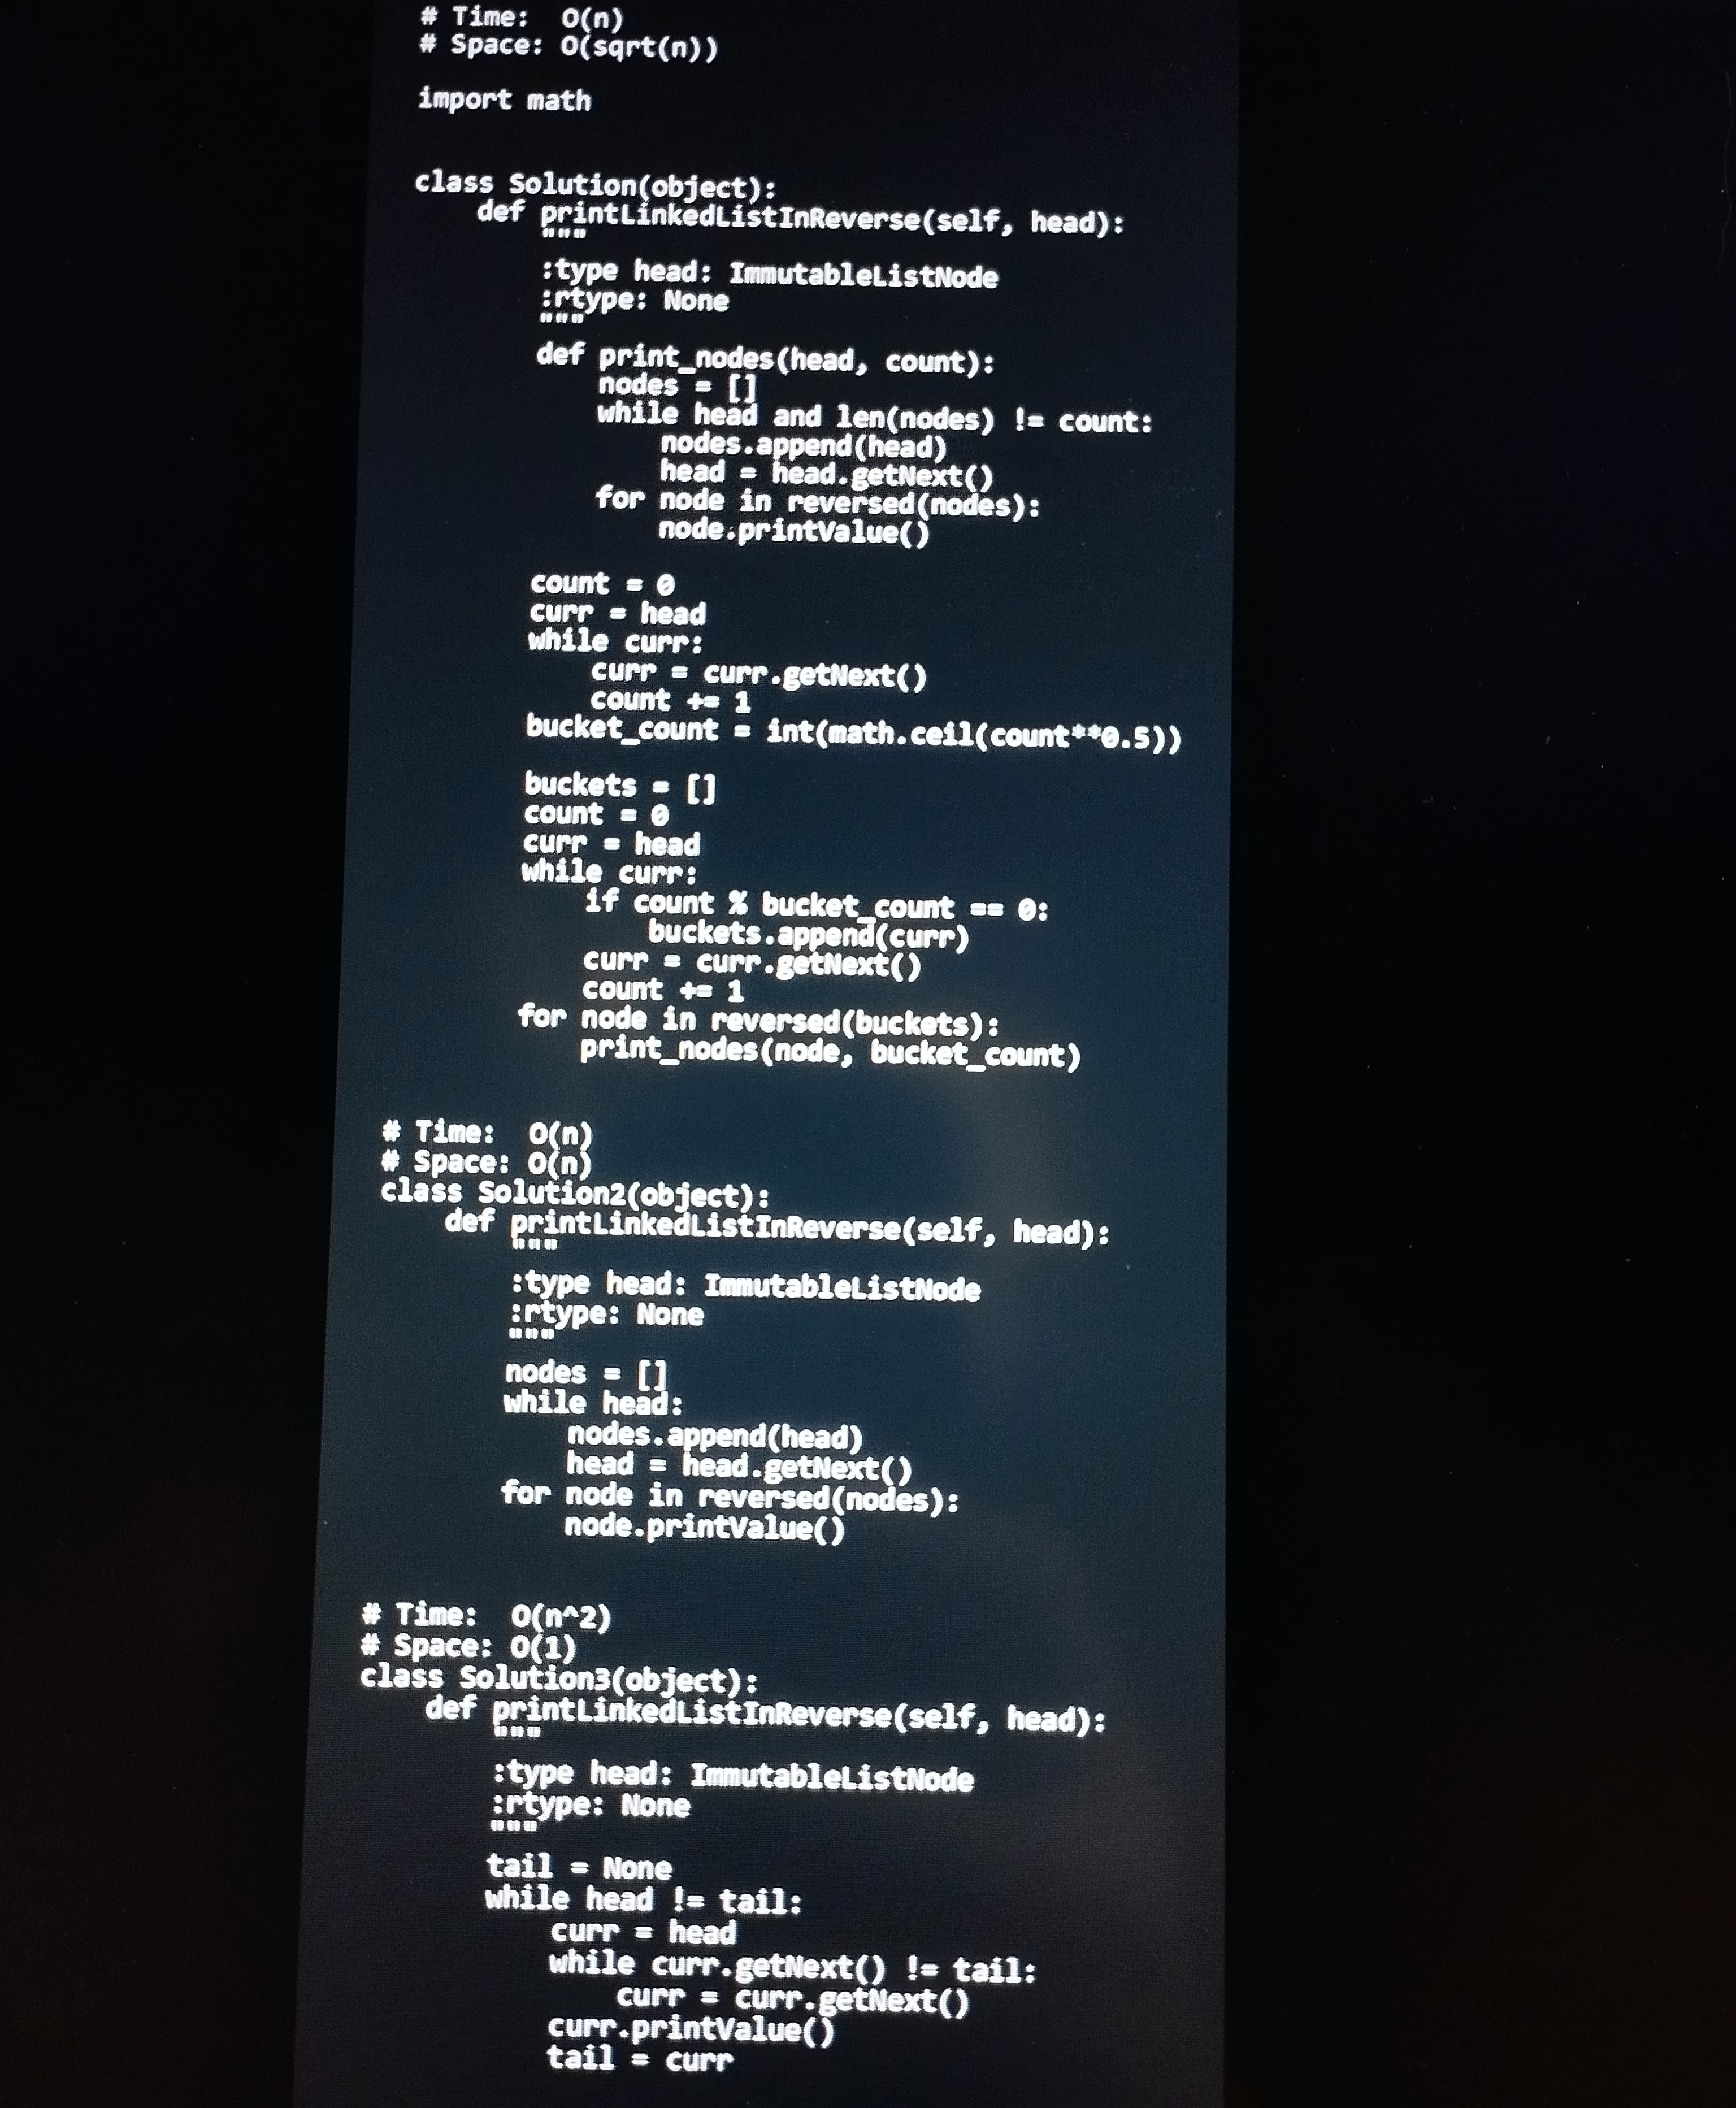
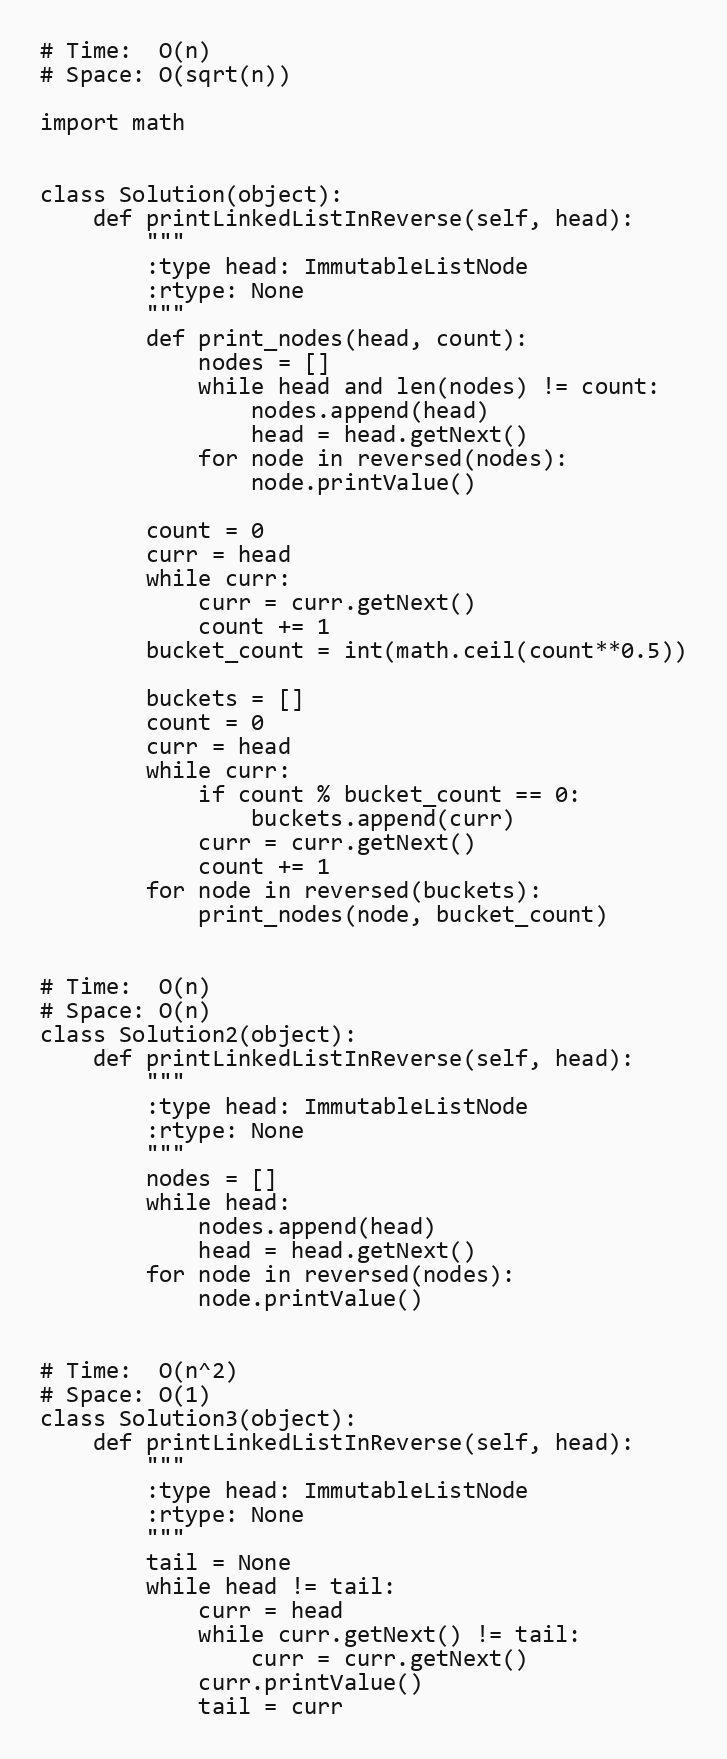
# Time:  O(n)
# Space: O(sqrt(n))

import math

class Solution(object):
    def printLinkedListInReverse(self, head):
        """
        :type head: ImmutableListNode
        :rtype: None
        """
        def print_nodes(head, count):
            nodes = []
            while head and len(nodes) != count:
                nodes.append(head)
                head = head.getNext()
            for node in reversed(nodes):
                node.printValue()

        count = 0
        curr = head
        while curr:
            curr = curr.getNext()
            count += 1
        bucket_count = int(math.ceil(count**0.5))

        buckets = []
        count = 0
        curr = head
        while curr:
            if count % bucket_count == 0:
                buckets.append(curr)
            curr = curr.getNext()
            count += 1
        for node in reversed(buckets):
            print_nodes(node, bucket_count)

# Time:  O(n)
# Space: O(n)
class Solution2(object):
    def printLinkedListInReverse(self, head):
        """
        :type head: ImmutableListNode
        :rtype: None
        """
        nodes = []
        while head:
            nodes.append(head)
            head = head.getNext()
        for node in reversed(nodes):
            node.printValue()

# Time:  O(n^2)
# Space: O(1)
class Solution3(object):
    def printLinkedListInReverse(self, head):
        """
        :type head: ImmutableListNode
        :rtype: None
        """
        tail = None
        while head != tail:
            curr = head
            while curr.getNext() != tail:
                curr = curr.getNext()
            curr.printValue()
            tail = curr